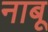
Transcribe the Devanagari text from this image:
नाबू